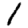
Digit: 1